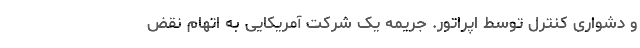
و دشواری کنترل توسط اپراتور. جریمه یک شرکت آمریکایی به اتهام نقض